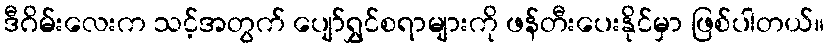
ဒီဂိမ်းလေးက သင့်အတွက် ပျော်ရွှင်စရာများကို ဖန်တီးပေးနိုင်မှာ ဖြစ်ပါတယ်။